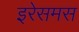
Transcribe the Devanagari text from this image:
इरेसमस